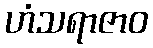
ဟံသရာဇာဝ